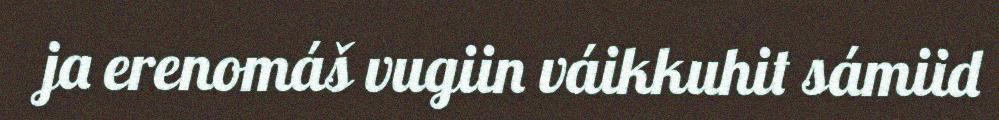
ja erenomáš vugiin váikkuhit sámiid